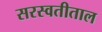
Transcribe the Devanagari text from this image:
सरस्वतीताल